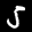
Label: 5